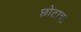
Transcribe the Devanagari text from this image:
छोटाचा